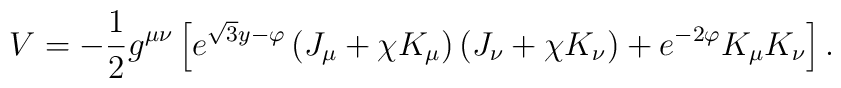
V = - \frac{1}{2} g^{\mu\nu} \left[ e^{\sqrt{3}y -\varphi} \left( J_\mu + \chi K_\mu \right)     \left( J_\nu + \chi K_\nu \right)   + e^{-2\varphi} K_\mu K_\nu \right] .